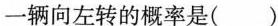
一辆向左转的概率是( )